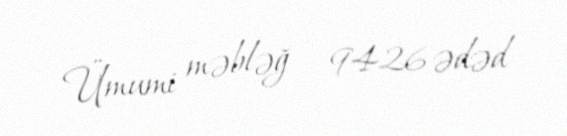
Ümumi məbləğ - 9426 ədəd